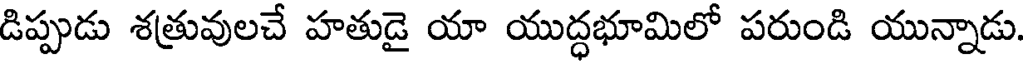
డిప్పుడు శత్రువులచే హతుడై యా యుద్ధభూమిలో పరుండి యున్నాడు.